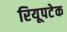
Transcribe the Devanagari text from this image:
रियूपटेक